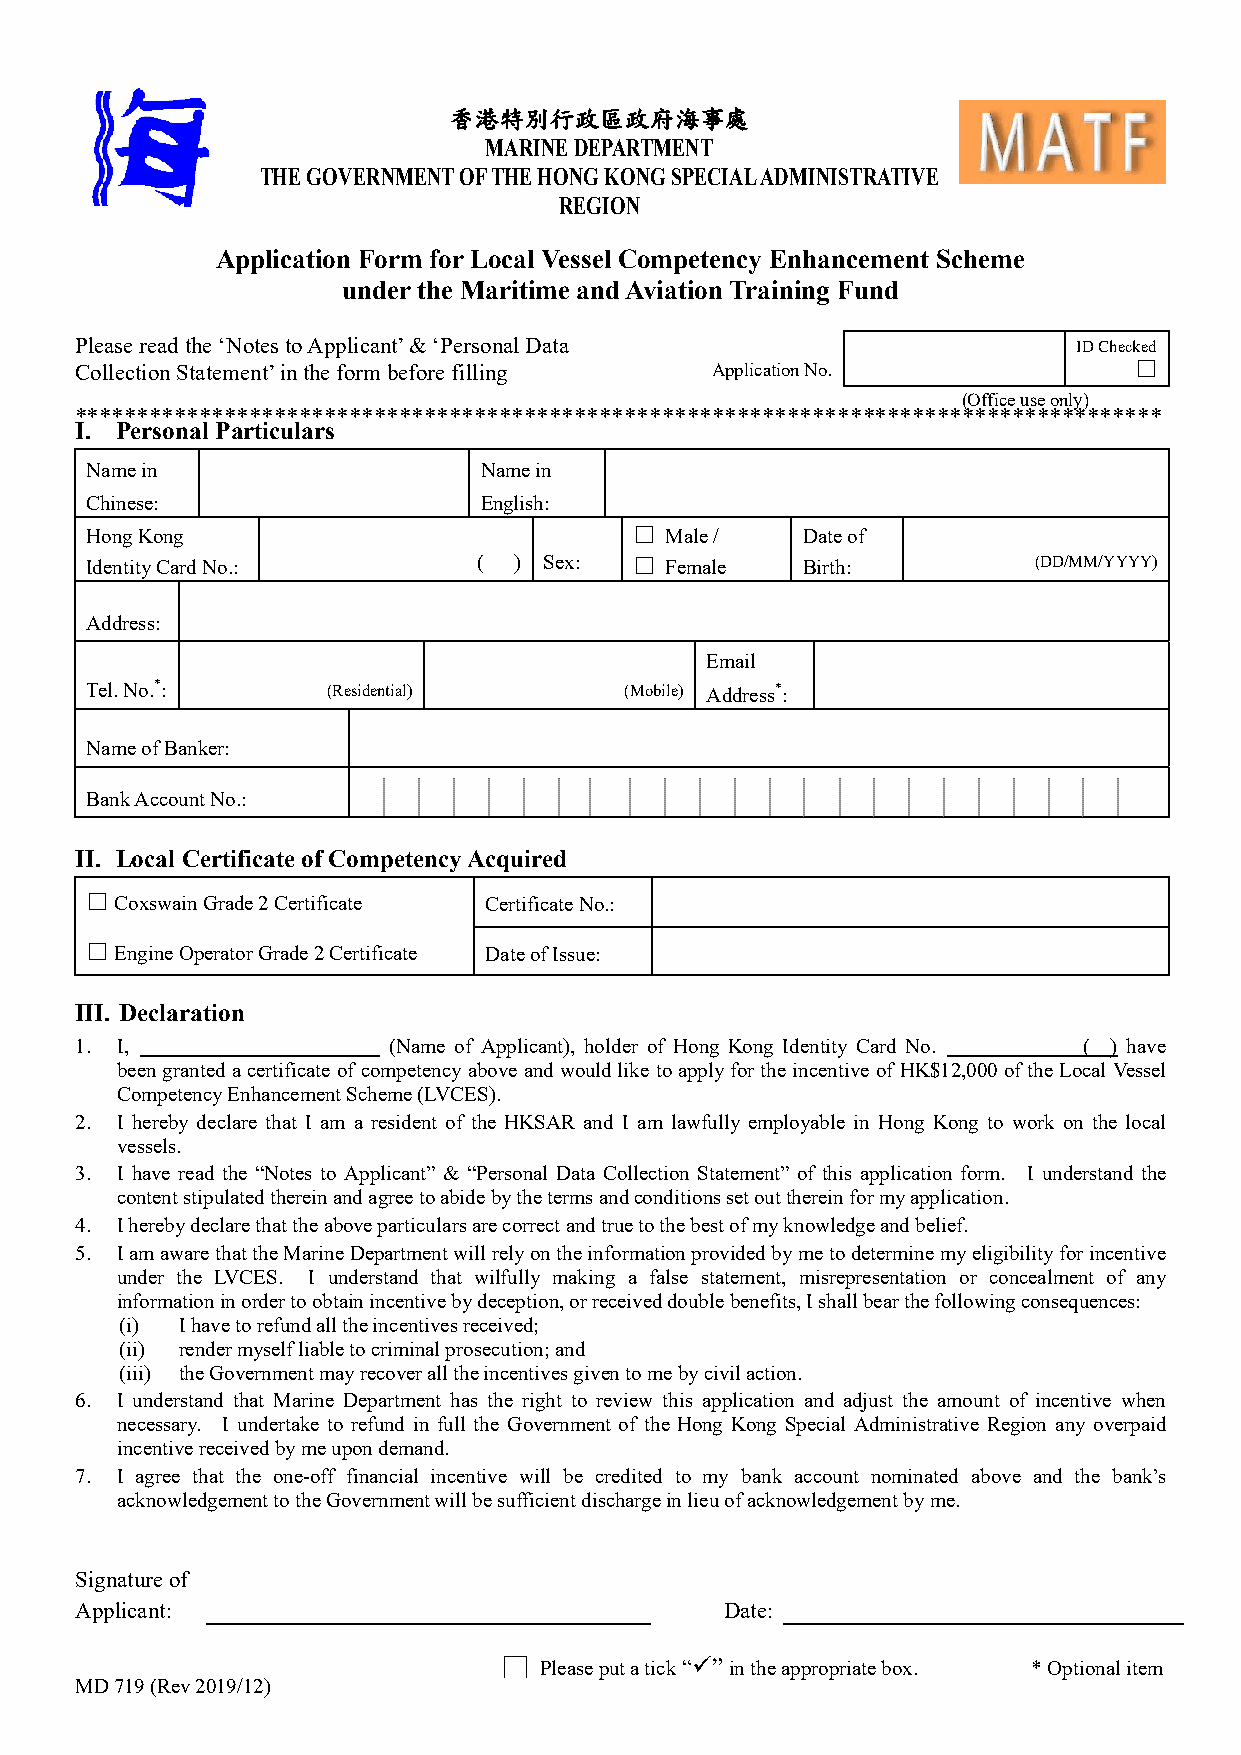
香港特別行政區政府海事處
 MARINE DEPARTMENT
 THE GOVERNMENT OF THE HONG KONG SPECIAL ADMINISTRATIVE
 REGION
 Application Form for Local Vessel Competency Enhancement Scheme
 under the Maritime and Aviation Training Fund
 Please read the ‘Notes to Applicant’ & ‘Personal Data             ID Checked
 □
 Collection Statement’ in the form before filling Application No.
 (Office use only)
 ***************************************************************************************
 I. Personal Particulars
 Name in                   Name in
 Chinese:                  English:
 □
 Hong Kong                             Male /   Date of
 □
 Identity Card No.:        ( ) Sex:    Female   Birth:         (DD/MM/YYYY)
 Address:
 Email
 Tel. No.*:      (Residential)      (Mobile) Address*:
 Name of Banker:
 Bank Account No.:
 II. Local Certificate of Competency Acquired
 □
 Coxswain Grade 2 Certificate Certificate No.:
 □
 Engine Operator Grade 2 Certificate Date of Issue:
 III. Declaration
 1. I,                (Name of Applicant), holder of Hong Kong Identity Card No. ( ) have
 been granted a certificate of competency above and would like to apply for the incentive of HK$12,000 of the Local Vessel
 Competency Enhancement Scheme (LVCES).
 2. I hereby declare that I am a resident of the HKSAR and I am lawfully employable in Hong Kong to work on the local
 vessels.
 3. I have read the “Notes to Applicant” & “Personal Data Collection Statement” of this application form. I understand the
 content stipulated therein and agree to abide by the terms and conditions set out therein for my application.
 4. I hereby declare that the above particulars are correct and true to the best of my knowledge and belief.
 5. I am aware that the Marine Department will rely on the information provided by me to determine my eligibility for incentive
 under the LVCES. I understand that wilfully making a false statement, misrepresentation or concealment of any
 information in order to obtain incentive by deception, or received double benefits, I shall bear the following consequences:
 (i) I have to refund all the incentives received;
 (ii) render myself liable to criminal prosecution; and
 (iii) the Government may recover all the incentives given to me by civil action.
 6. I understand that Marine Department has the right to review this application and adjust the amount of incentive when
 necessary. I undertake to refund in full the Government of the Hong Kong Special Administrative Region any overpaid
 incentive received by me upon demand.
 7. I agree that the one-off financial incentive will be credited to my bank account nominated above and the bank’s
 acknowledgement to the Government will be sufficient discharge in lieu of acknowledgement by me.
 Signature of
 Applicant:                                 Date:
 □  Please put a tick “” in the appropriate box. * Optional item
 MD 719 (Rev 2019/12)